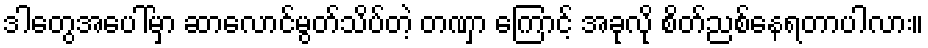
ဒါတွေအပေါ်မှာ ဆာလောင်မွတ်သိပ်တဲ့ တဏှာ ကြောင့် အခုလို စိတ်ညစ်နေရတာပါလား။